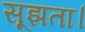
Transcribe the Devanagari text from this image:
सूझता।